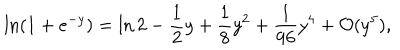
\ln ( 1 + e ^ { - y } ) = \ln 2 - \frac { 1 } { 2 } y + \frac { 1 } { 8 } y ^ { 2 } + \frac { 1 } { 9 6 } y ^ { 4 } + { \cal O } ( y ^ { 5 } ) ,